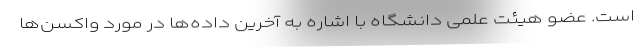
است. عضو هیئت علمی دانشگاه با اشاره به آخرین داده‌ها در مورد واکسن‌ها